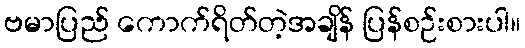
ဗမာပြည် ကောက်ရိတ်တဲ့အချိန် ပြန်စဉ်းစားပါ။